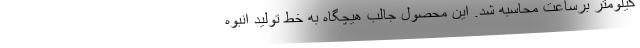
کیلومتر برساعت محاسبه شد. این محصول جالب هیچگاه به خط تولید انبوه